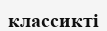
классикті